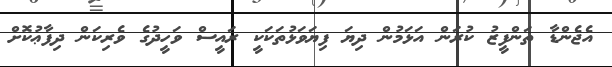
އެޖެންޑާ ތަންފީޒު ކުރަން އަޅަމުން ދިޔަ ފިޔަވަޅުތަކަކީ ރައީސް ވަހީދުގެ ވެރިކަން ދިފާޢުކޮށް